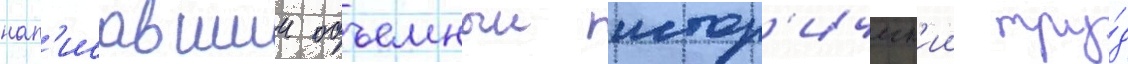
нап'исавшии объемныи истор'ическ'ии тру́д